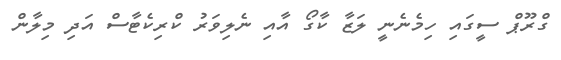
ގްރޫޕް ސީގައި ހިމެނެނީ ލަޒާ ކާގޯ އާއި ނެލިވަރު ކްރިކެޓާސް އަދި މިލާން